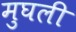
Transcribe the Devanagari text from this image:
मुघली